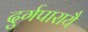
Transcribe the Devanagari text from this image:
दुर्गपारायै